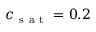
c _ { \mathrm { ~ s ~ a ~ t ~ } } = 0 . 2